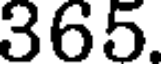
365.